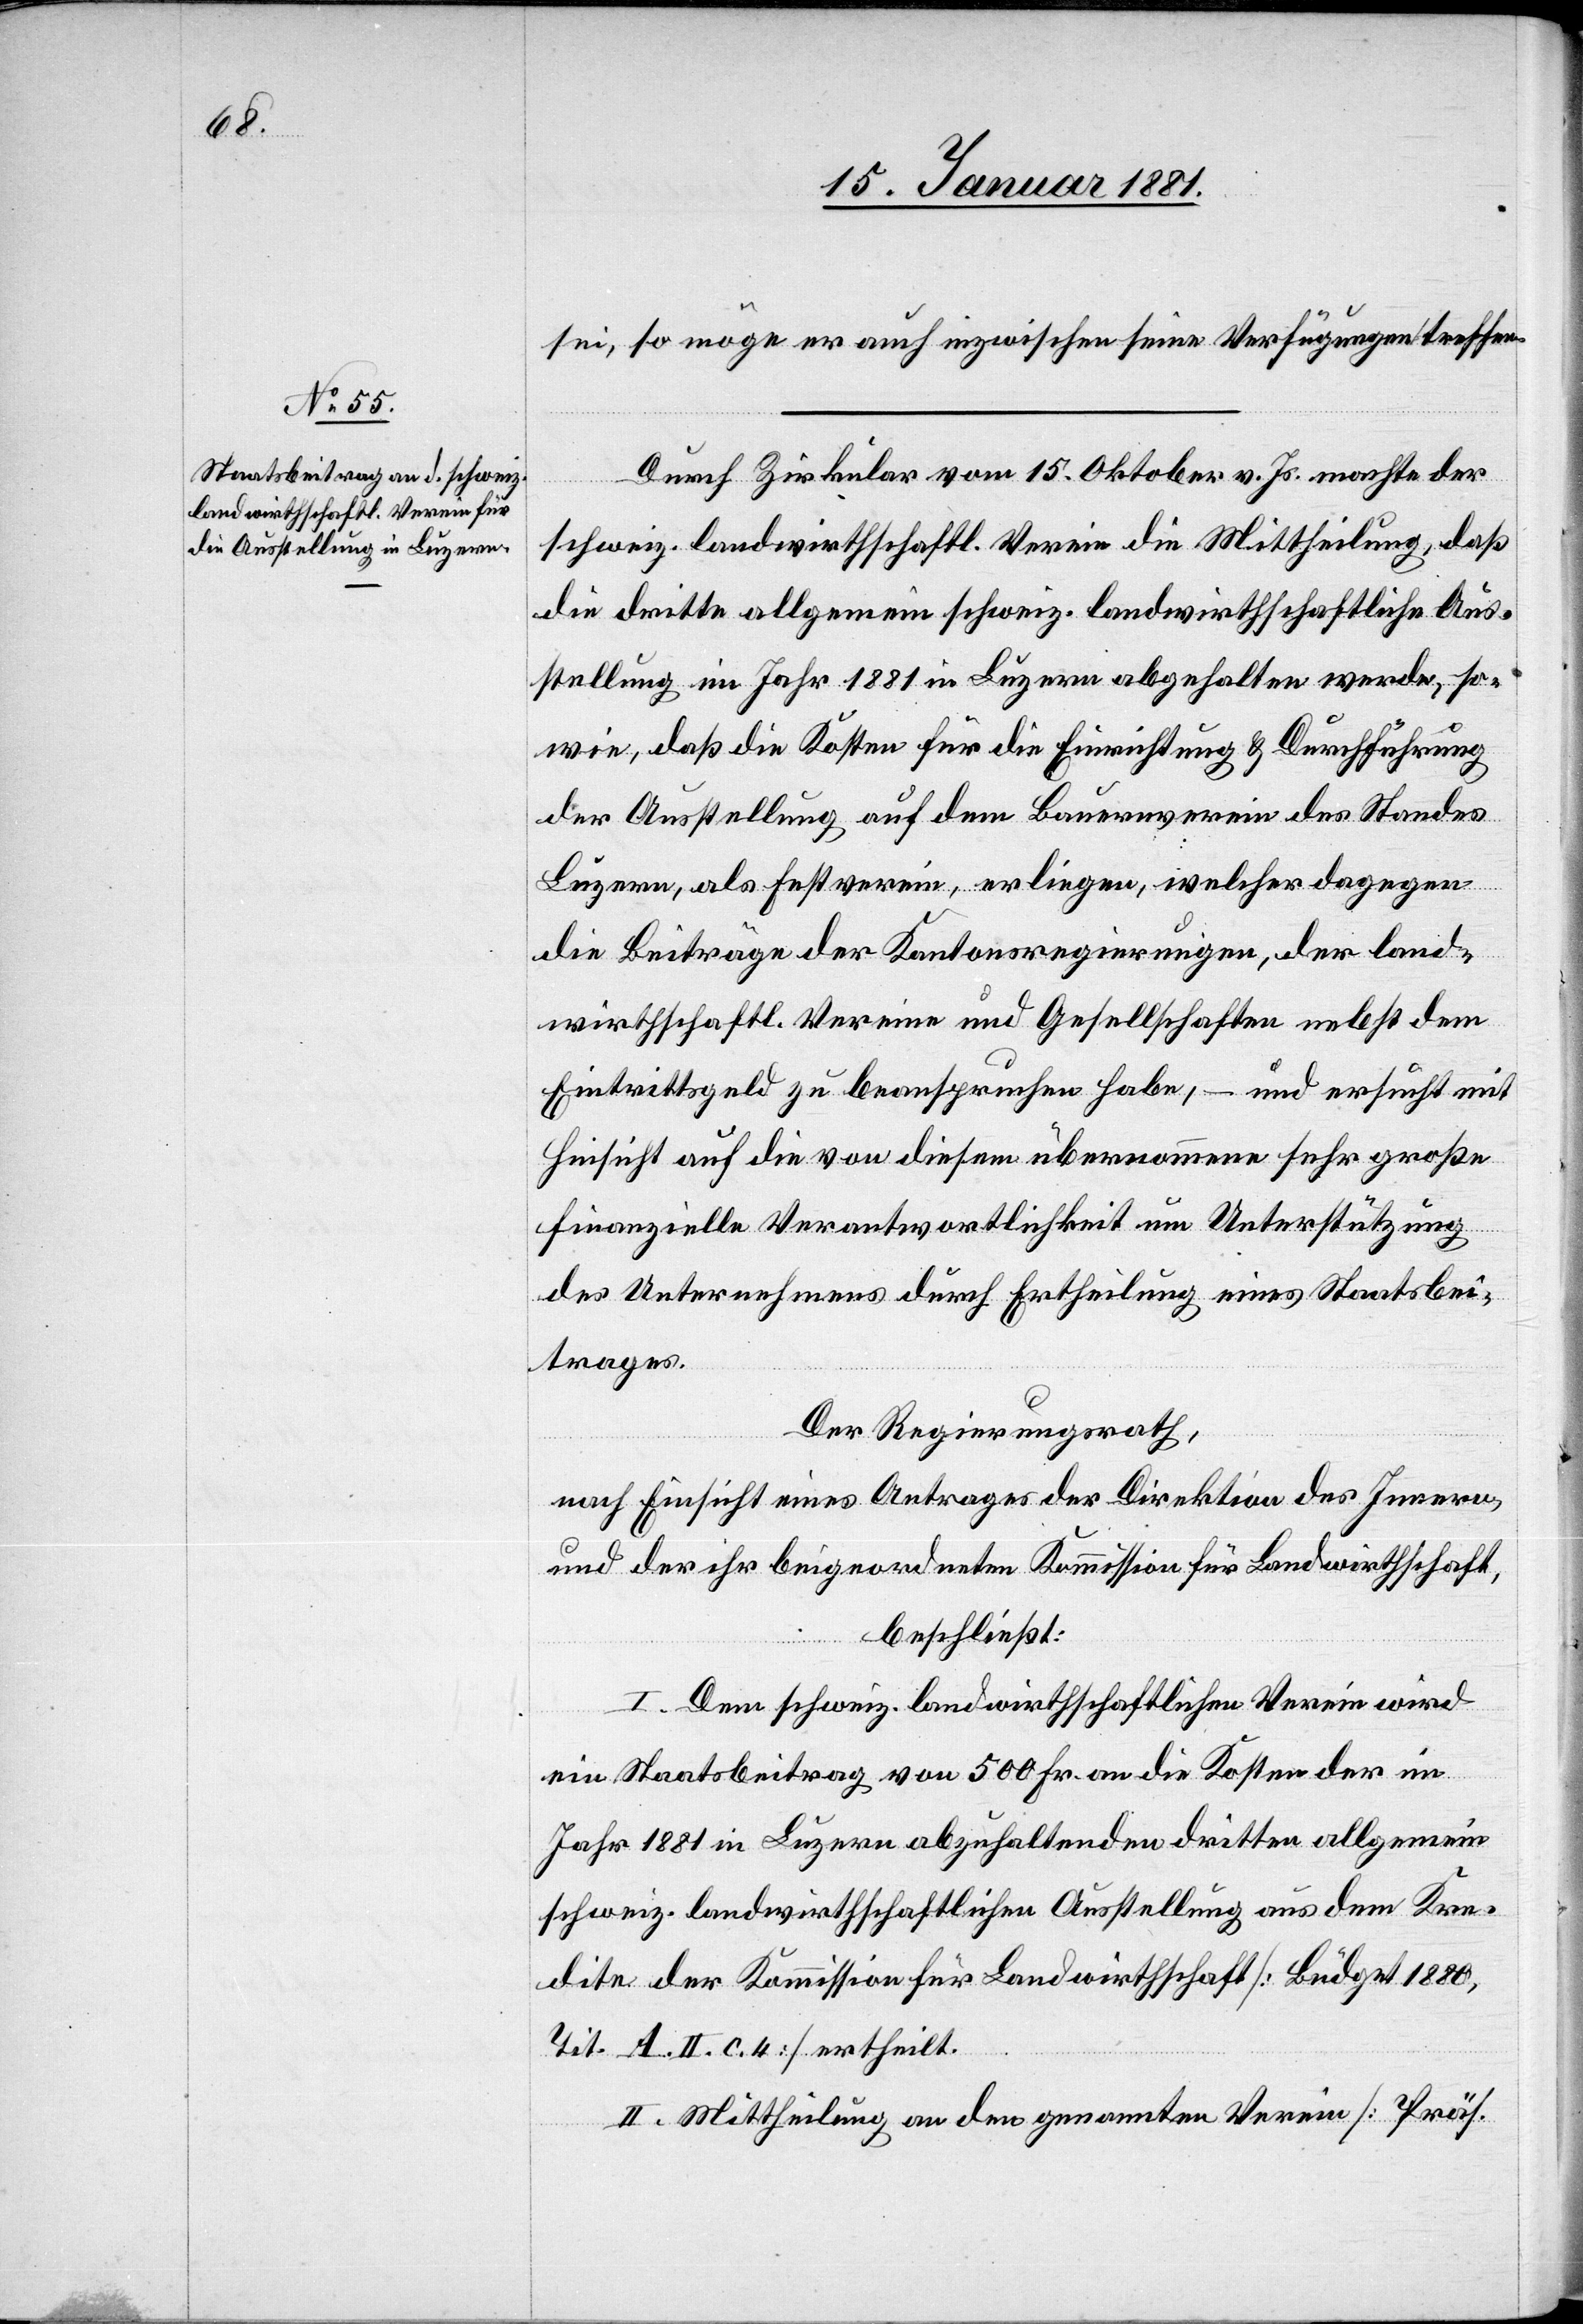
sei, so möge er auch inzwischen seine Verfügungen treffen.
Durch Zirkular vom 15. Oktober v. Js. machte der
schweiz. landwirthschaftl. Verein die Mittheilung, daß
die dritte allgemein schweiz. landwirthschaftliche Aus¬
stellung im Jahr 1881 in Luzern abgehalten werde, so¬
wie, daß die Kosten für die Einrichtung & Durchführung
der Ausstellung auf dem Bauernverein des Standes
Luzern, als Festverein, erliegen, welcher dagegen
die Beiträge der Kantonsregierungen, der land¬
wirthschaftl. Vereine und Gesellschaften nebst dem
Eintrittsgeld zu beanspruchen habe, – und ersucht mit
Hinsicht auf die von diesem übernommene sehr große
finanzielle Verantwortlichkeit um Unterstützung
des Unternehmens durch Ertheilung eines Staatsbei¬
trages.
Der Regierungsrath,
nach Einsicht eines Antrages der Direktion des Innern,
und der ihr beigeordneten Kommission für Landwirthschaft,
beschließt:
I. Dem schweiz. landwirthschaftlichen Verein wird
ein Staatsbeitrag von 500 Fr. an die Kosten der im
Jahr 1881 in Luzern abzuhaltenden dritten allgemein
schweiz. landwirthschaftlichen Ausstellung aus dem Kre¬
dite der Kommission für Landwirthschaft [Büdget 1880,
Tit. A. II. c. 4] ertheilt.
II. Mittheilung an den genannten Verein [Präs.